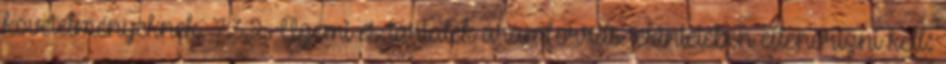
követelményeknek. 7.3.2. Üzemi és tartalék áramforrás tekintetében ellenõrizni kell: